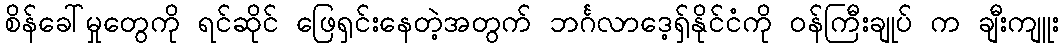
စိန်ခေါ်မှုတွေကို ရင်ဆိုင် ဖြေရှင်းနေတဲ့အတွက် ဘင်္ဂလာဒေ့ရှ်နိုင်ငံကို ဝန်ကြီးချုပ် က ချီးကျူး